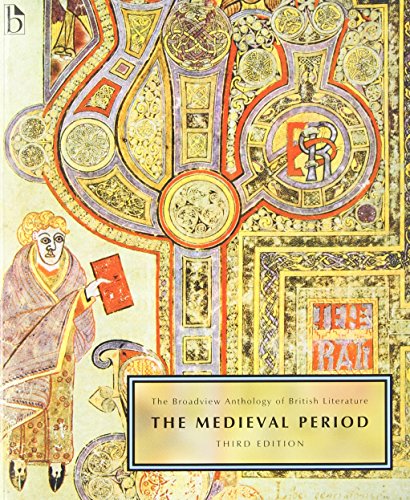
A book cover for The Broadview Anthology of British Literature: The Medieval Period - Third Edition: Volume 1; Literature & Fiction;